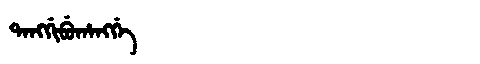
Manchu: ᡨᠠᠩᡤᡳᠪᡠᡥᠠᠩᡤᡝ
Romanization: TANGGIBUHANGGE